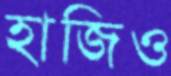
হাজিও